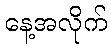
နေ့အလိုက်